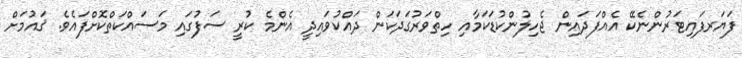
ފަޔަރފައިޓަރުންނެކޭ އެއްފަދައިން ޖެހިލުންކުޑަކަމާއި ހިތްވަރުގަދަކަން ދައްކުވައިދީ އެންމެ ކުރީ ސަފުގައި މަސައްކަތްކޮށްފައެވެ. ޤައުމަށް